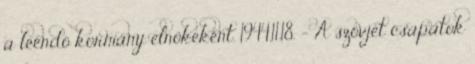
a leendõ kormány elnökeként. 1944.11.18. - A szovjet csapatok